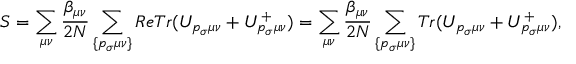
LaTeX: S = \sum _ { \mu \nu } \frac { \beta _ { \mu \nu } } { 2 N } \sum _ { \{ p _ { \sigma } \mu \nu \} } R e T r ( U _ { p _ { \sigma } \mu \nu } + U _ { p _ { \sigma } \mu \nu } ^ { + } ) = \sum _ { \mu \nu } \frac { \beta _ { \mu \nu } } { 2 N } \sum _ { \{ p _ { \sigma } \mu \nu \} } T r ( U _ { p _ { \sigma } \mu \nu } + U _ { p _ { \sigma } \mu \nu } ^ { + } ) ,